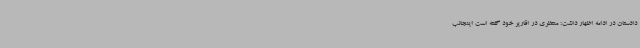
دادستان در ادامه اظهار داشت: منتظری در اقاریر خود گفته است اینجانب